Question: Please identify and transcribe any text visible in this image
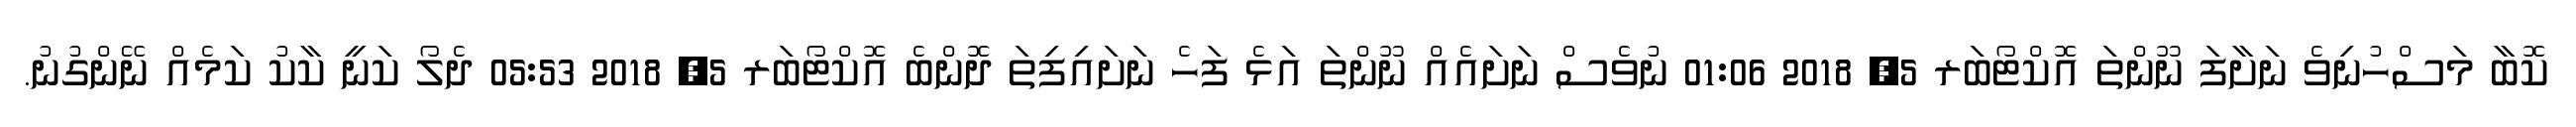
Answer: ކޮބާ މަސްހުނިވެ ނަށާފަ ނޫންތަ އޮކްޓޯބަރ 5, 2018 01:06 ނުވެސް ނަށައެއް ނޫންތަ އަޅެ ފަހެ ނަށައިފިތަ ދޮންބެ އޮކްޓޯބަރ 5, 2018 05:53 ދެލޯ ކަނީ ކާކު ކަމެއް ނޭންގުނު.